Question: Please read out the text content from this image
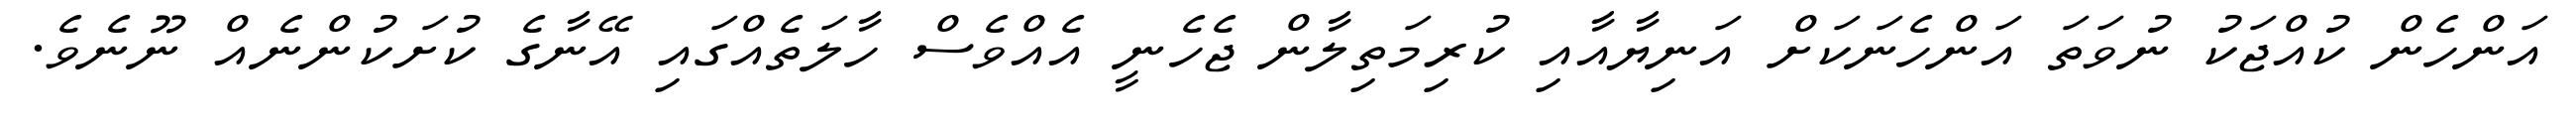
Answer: އަންހެން ކުއްޖަކު ނުވަތަ އަންހެނަކަށް އަނިޔާއާއި ކުރިމަތިލާން ޖެހެނީ އެއްވެސް ހާލަތެއްގައި އޭނާގެ ކުށަކުންނެއް ނޫނެވެ.